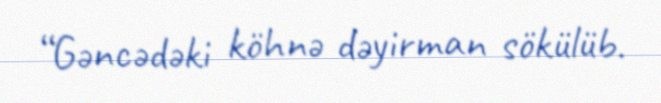
“Gəncədəki köhnə dəyirman sökülüb.